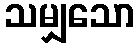
သမျှသော